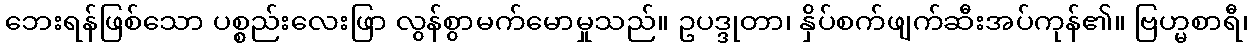
ဘေးရန်ဖြစ်သော ပစ္စည်းလေးဖြာ လွန်စွာမက်မောမှုသည်။ ဥပဒ္ဒုတာ၊ နှိပ်စက်ဖျက်ဆီးအပ်ကုန်၏။ ဗြဟ္မစာရီ၊